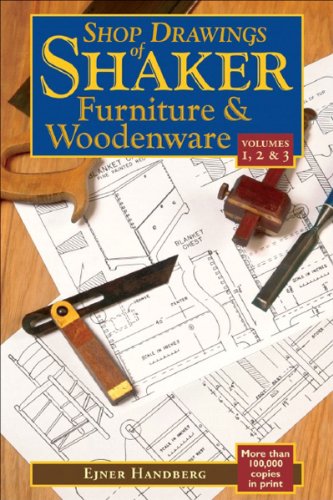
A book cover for Shop Drawings of Shaker Furniture & Woodenware (Vols, 1, 2 & 3) (Vol. 1, 2 & 3); Ejner Handberg; Arts & Photography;